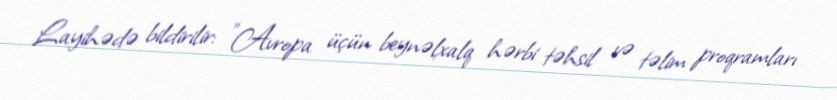
Layihədə bildirilir: "Avropa üçün beynəlxalq hərbi təhsil və təlim proqramları